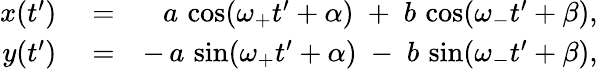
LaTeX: \begin{array}{rlr}{x(t^{\prime})}&{{}=}&{a\, \cos(\omega_{+}t^{\prime}+\alpha)\; +\; b\, \cos(\omega_{-}t^{\prime}+\beta),}\\ {y(t^{\prime})}&{{}=}&{-\, a\, \sin(\omega_{+}t^{\prime}+\alpha)\; -\; b\, \sin(\omega_{-}t^{\prime}+\beta),}\end{array}